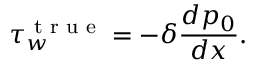
\tau _ { w } ^ { \textrm { t r u e } } = - \delta \frac { d p _ { 0 } } { d x } .